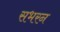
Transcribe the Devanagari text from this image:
सभरन